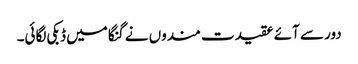
دور سے آئے عقیدت مندوں نے گنگا میں ڈبکی لگائی۔